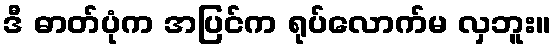
ဒီ ဓာတ်ပုံက အပြင်က ရုပ်လောက်မ လှဘူး။